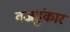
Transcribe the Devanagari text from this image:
वज्रहुंकार